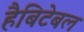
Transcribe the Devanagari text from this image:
हैबिटेबल